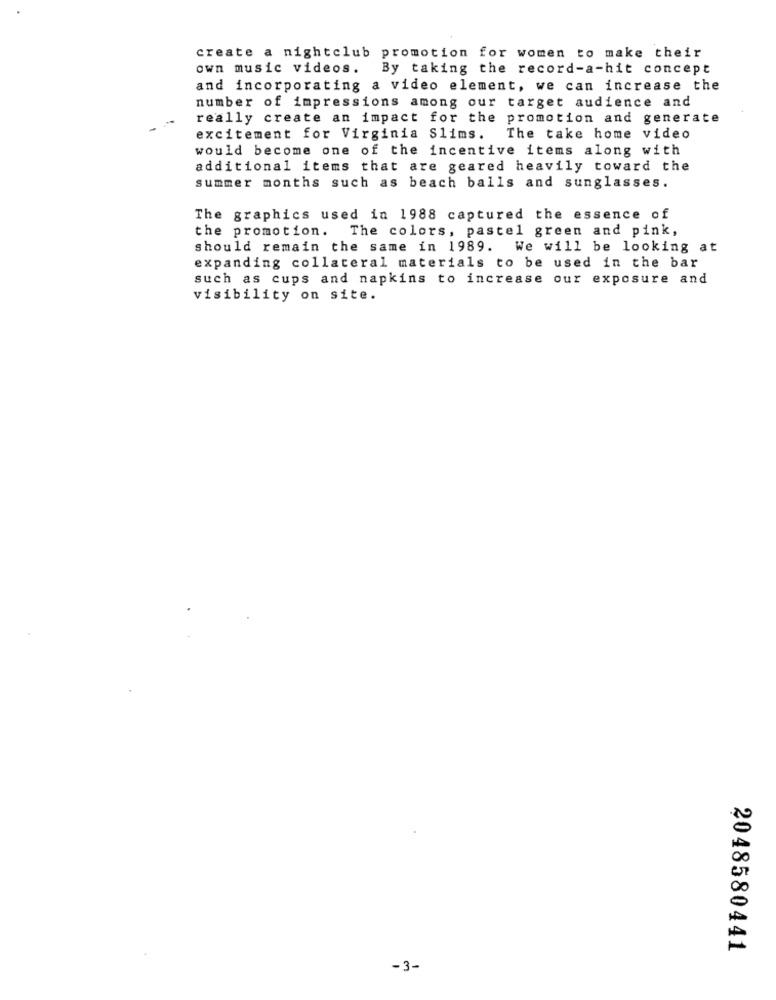
create a nightclub promotion for women to make their
own music videos. By taking the record-a-hit concept
and incorporating a video element, we can increase the
number of impressions among our target audience and
really create an impact for the promotion and generate
excitement for Virginia Slims.
The take home video
would become one of the incentive items along with
additional items that are geared heavily toward the
summer months such as beach balls and sunglasses.
The graphics used in 1988 captured the essence of
the promotion.
The colors, pastel green and pink,
should remain the same in 1989. We will be looking at
expanding collateral materials to be used in the bar
such as cups and napkins to increase our exposure and
visibility on site.
2048580441
-3-